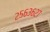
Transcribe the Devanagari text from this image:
२५६३६२७